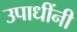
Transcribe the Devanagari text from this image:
उपाधींनी